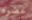
عضوه